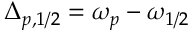
\Delta _ { p , 1 / 2 } = \omega _ { p } - \omega _ { 1 / 2 }